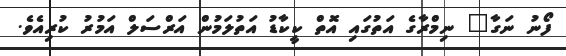
ފޯނު ނަގާ" ނިމްރާގެ އަތުގައި އޮތް ކީކާޑު އަތުލަމުން އަރްސަލް އަމުރު ކުރިއެވެ.